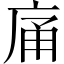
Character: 𭙡